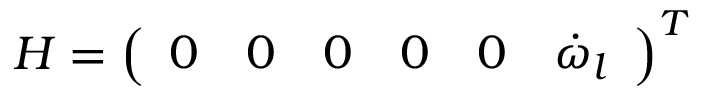
H = \left( \begin{array} { c c c c c c } { 0 } & { 0 } & { 0 } & { 0 } & { 0 } & { \dot { \omega } _ { l } } \end{array} \right) ^ { T }